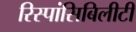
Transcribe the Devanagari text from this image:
रिस्पांसिबिलीटी